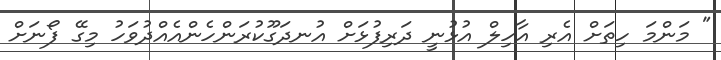
" މަންމަ ހިތަށް އެރި އާހިލް އުޅުނީ ދަރިފުޅަށް އުނދަގޫކުރަންހެންއެއްދުވަހު މިގޭ ފޯނަށް